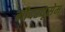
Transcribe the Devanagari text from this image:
नीदरयूसेम